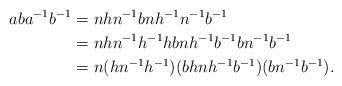
LaTeX: \begin{align*}aba^{-1}b^{-1} &= nh n^{-1}bn h^{-1} n^{-1}b^{-1}\\& = nh n^{-1} h^{-1} h b n h^{-1}b^{-1}bn^{-1} b^{-1}\\ &= n (h n^{-1}h^{-1}) (b h n h^{-1} b^{-1}) (b n^{-1} b^{-1}).\end{align*}